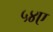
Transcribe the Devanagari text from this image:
५४ए